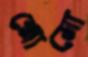
শ্লোমো